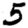
Digit: 5